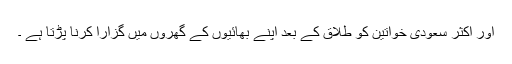
اور اکثر سعودی خواتین کو طلاق کے بعد اپنے بھائیوں کے گھروں میں گزارا کرنا پڑتا ہے ۔